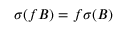
\sigma ( f B ) = f \sigma ( B )